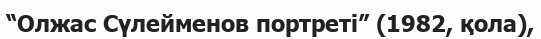
“Олжас Сүлейменов портреті” (1982, қола),